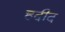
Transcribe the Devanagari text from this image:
हदीद